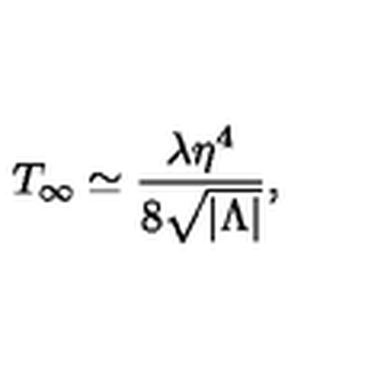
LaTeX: T _ { \infty } \simeq { \frac { \lambda \eta ^ { 4 } } { 8 \sqrt { | \Lambda | } } } ,